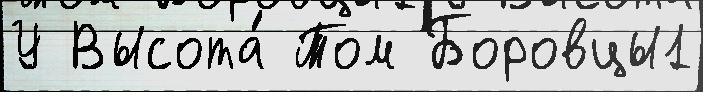
У Высота́ Том Боровцы1